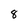
Character: 8